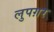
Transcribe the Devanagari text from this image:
लुपग़र